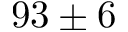
9 3 \pm 6